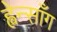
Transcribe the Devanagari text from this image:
ह्वेन्साँग